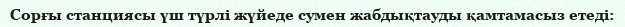
Сорғы станциясы үш түрлі жүйеде сумен жабдықтауды қамтамасыз етеді: